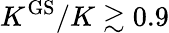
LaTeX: K^{\mathrm{GS}}/K\gtrsim 0.9